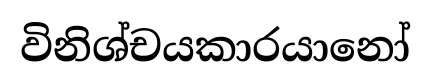
විනිශ්චයකාරයානෝ